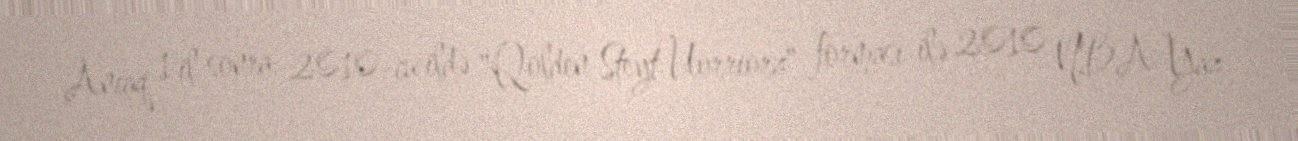
Ancaq 1 il sonra, 2010-cu ildə "Qolden Steyt Uorriorz" forması ilə 2010 NBA Yaz